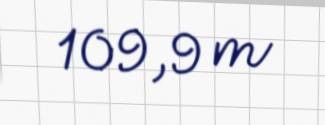
109,9 m